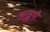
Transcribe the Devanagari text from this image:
अनुडुयी